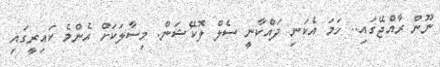
ނޫން ރާއްޖޭގައި.. ހަމަ އެކަނި ދައްކާނީ ސެލް ލޮކޭޝަން. މިސާލަކަށް އެންމެ ކައިރީގައި